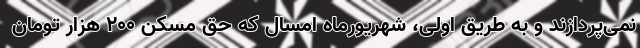
نمی‌پردازند و به طریق اولی، شهریورماه امسال که حق مسکن ۲۰۰ هزار تومان